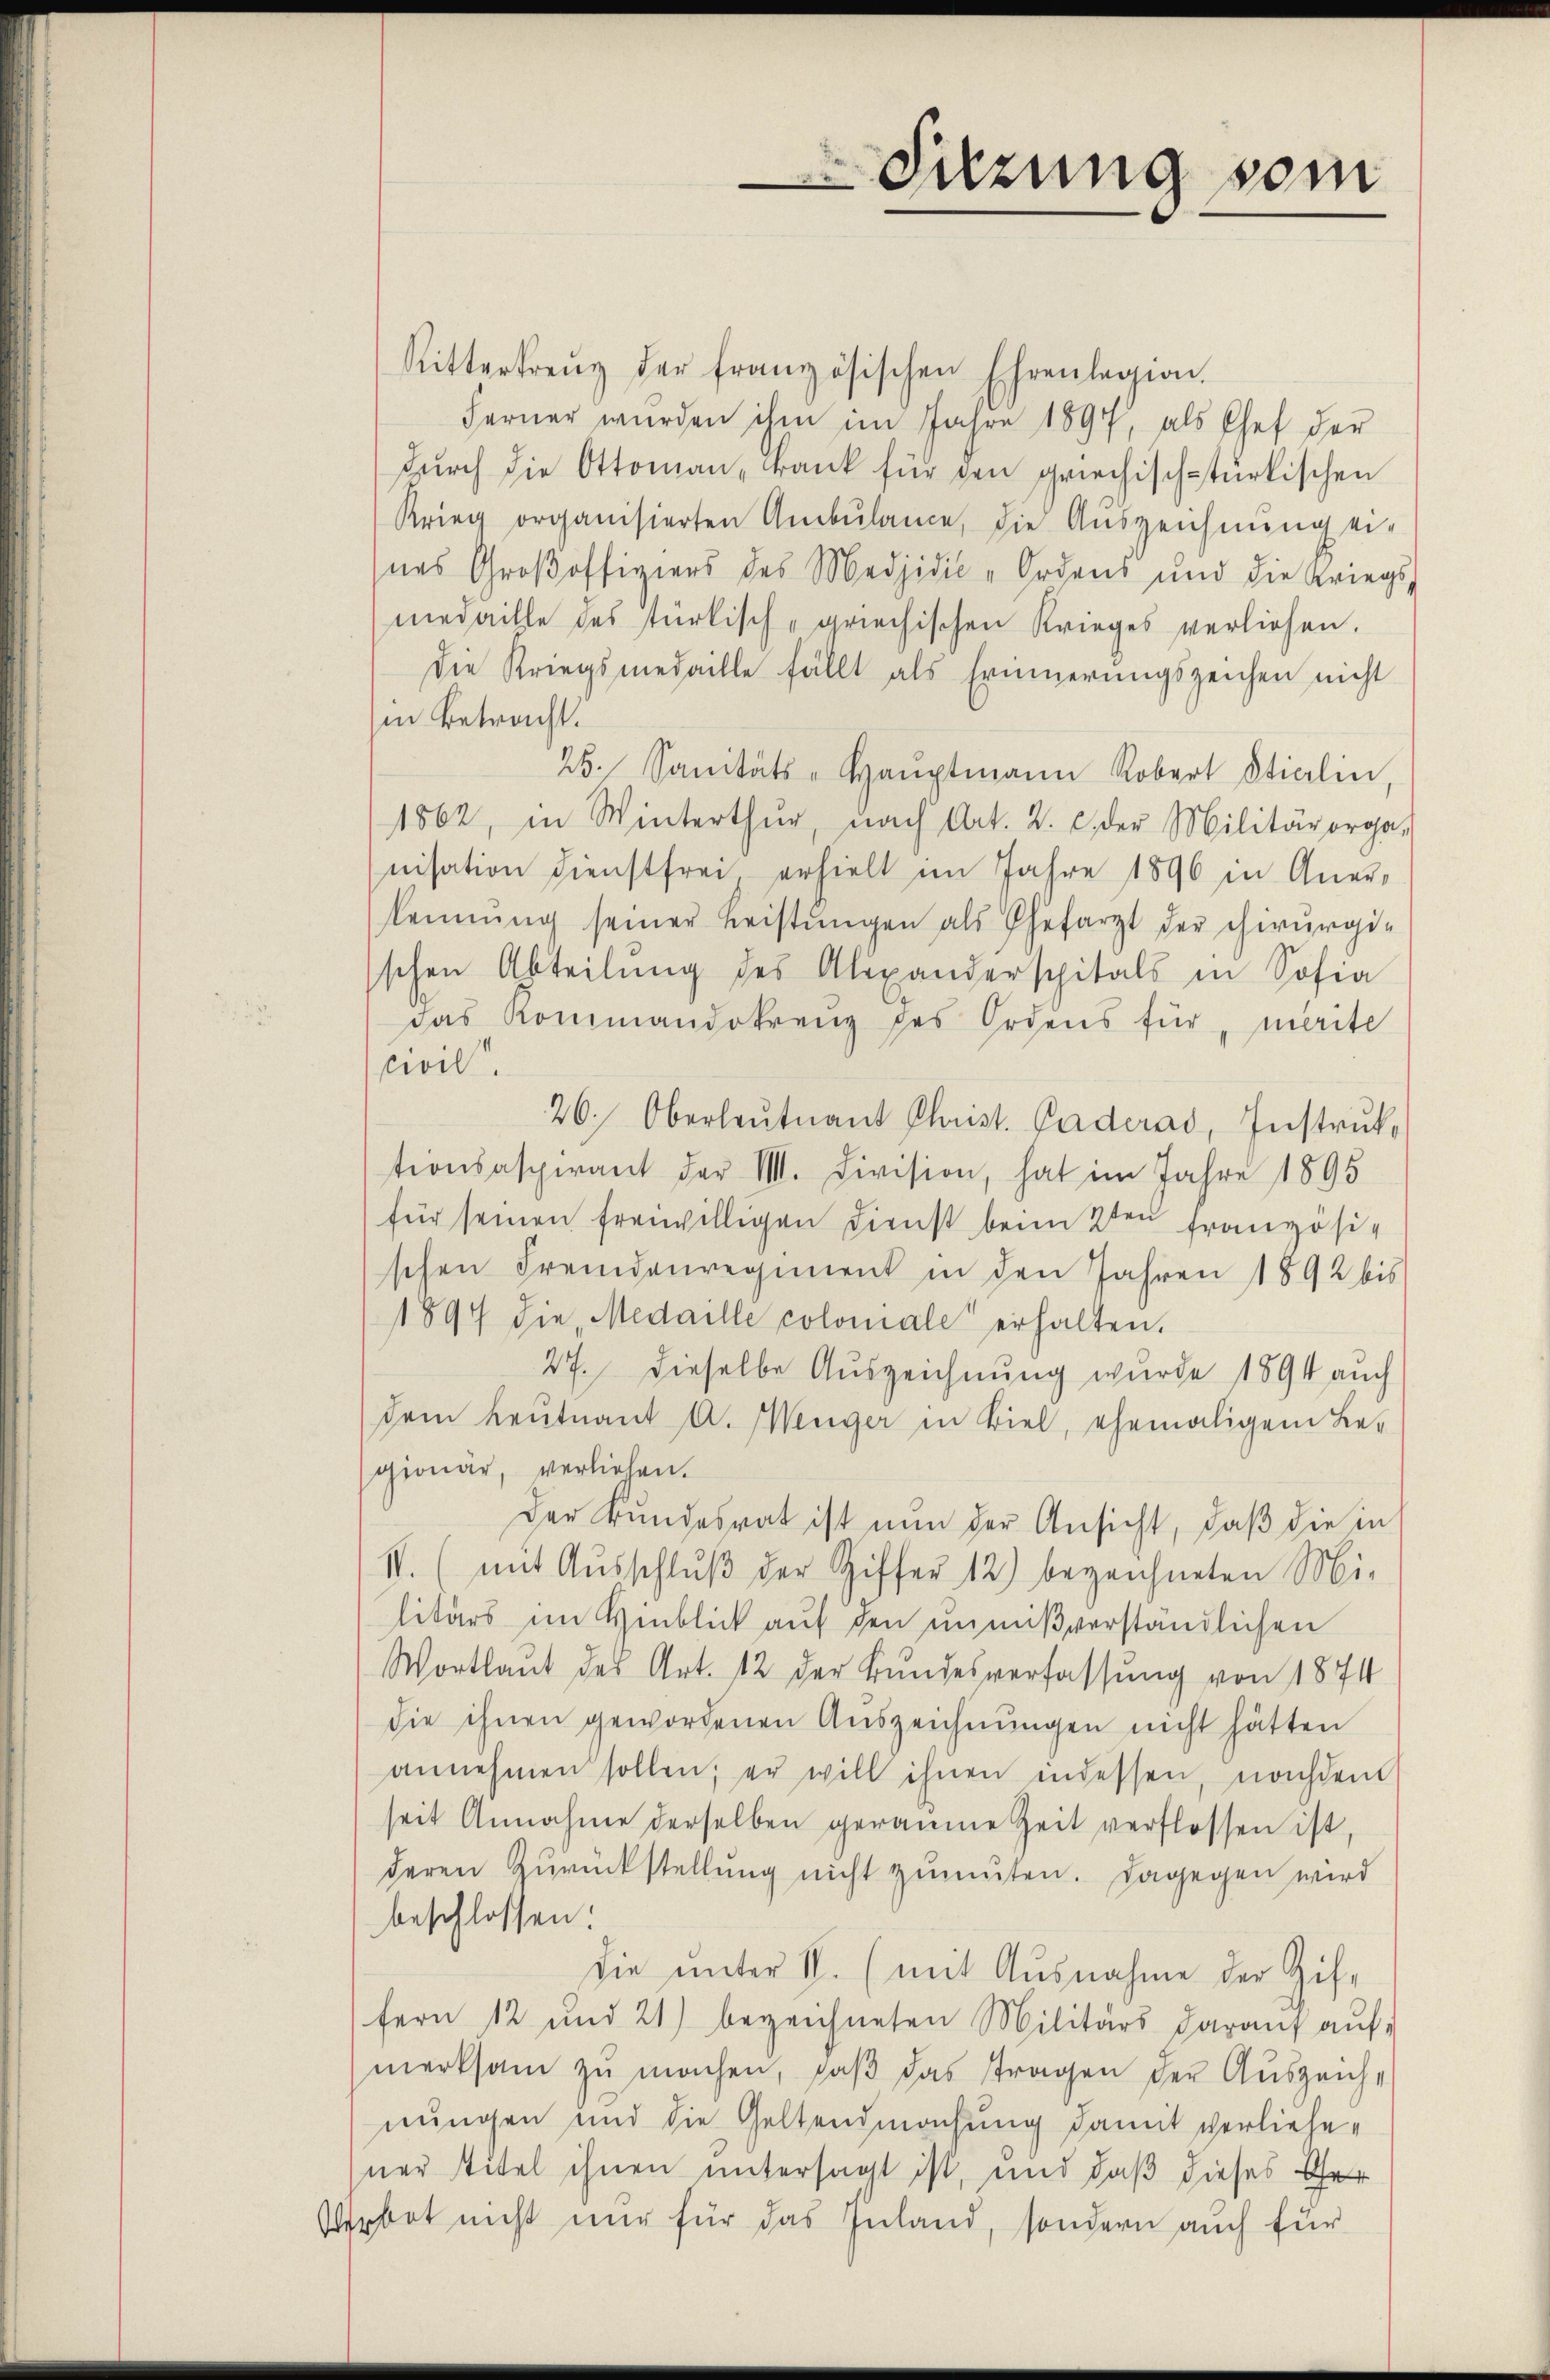
Rittertreŭz der französischen Ehrenlegion.
Ferner wurden ihm im Jahre 1897, als Chef der
Durch die Ottoman-Frank für den griechisch-türkischen
Krieg organisierten Ambŭlame, die Aŭszeichnŭng ei-
nes Großoffiziers des Madjidić-Ordens und die Kriegs,
medaille des türkisch-griechischen Krieges verliehen.
die Kriegsmedaille fällt als Erinnerungszeichen nicht
in Betracht.
2. Sanitäts-Haŭptmann Robert Stialin,
1862, in Winterthŭr, nach Art. 2. c. der Militärorga-
nisation dienstfrei erhielt im Jahre 1896 in Aner-
kennung seiner Leistŭngen als Ehefarzt der chirurgi-
schen Abteilung des Alexanderspitals in Sofia
das Kommandokrenz des Ordens für "marite
civil
26. Oberleutnant Christ. Gaderad, Instruktionsaspirant der VIII. Division, hat im Jahre 1895
für seinen freiwilligen Dienst beim 2ten französi-
schen Fremdenregiment in den Jahren 1892 bis
1894 die Medaille colomale erhalten.
27. Dieselbe Auszeichnung wurde 1894 auch
dem Leutnant A. Wenger in Biel, ehemaligem Be-
gionär, verliehen.
Der Bundesrat ist nun der Ansicht, daß die in
I. (mit Ausschluß der Ziffer 12) bezeichneten Mi-
litärs im Hinblick auf den ŭnmißverständlichen
Wortlaut des Art. 12 der Bundesverfassung von 1874
die ihnen gewordenen Auszeichnungen nicht hätten
annehmen sollen, er will ihnen indessen, nachdem
seit Annahme derselben geraume Zeit verflossen ist,
deren Zurückstellŭng nicht zŭmüten. Dagegen wird
beschlossen:
die ŭnter II. (mit Ausnahme der Gif-
fern 12 und 21) bezeichneten Militärs daraŭf aŭf
merksam zu machen, daß das tragen der Auszeichnungen und die Geltendmachung damit verliehener Titel ihnen untersagt ist, und daß dieses Ther
Verbot nicht nur für das Inland, sondern auch für

Sitzung vom